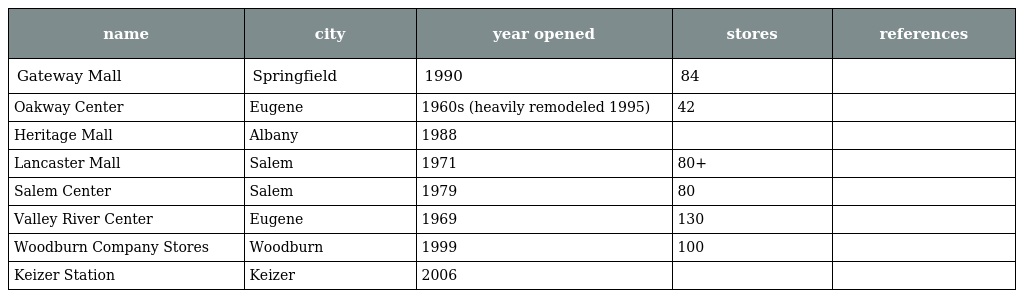
| name | city | year opened | stores | references |
 | --- | --- | --- | --- | --- |
 | Gateway Mall | Springfield | 1990 | 84 |  |
 | Oakway Center | Eugene | 1960s (heavily remodeled 1995) | 42 |  |
 | Heritage Mall | Albany | 1988 |  |  |
 | Lancaster Mall | Salem | 1971 | 80+ |  |
 | Salem Center | Salem | 1979 | 80 |  |
 | Valley River Center | Eugene | 1969 | 130 |  |
 | Woodburn Company Stores | Woodburn | 1999 | 100 |  |
 | Keizer Station | Keizer | 2006 |  |  |